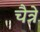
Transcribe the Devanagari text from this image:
चैत्रे